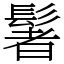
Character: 䰇